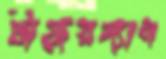
টায়ারম্যান